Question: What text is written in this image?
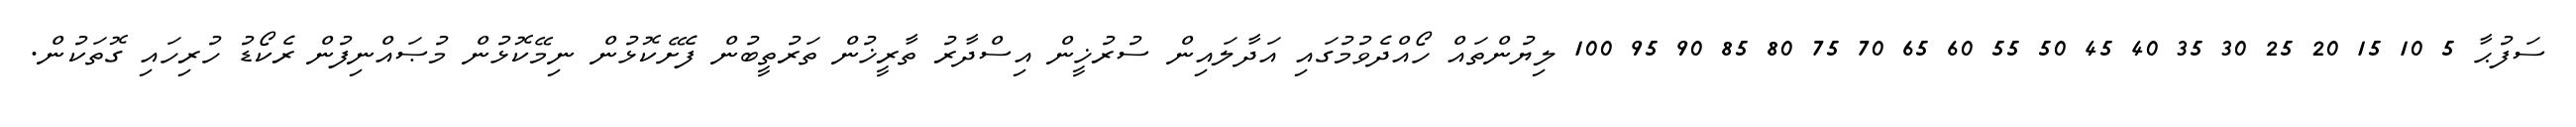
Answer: ސަފުޙާ 5 10 15 20 25 30 35 40 45 50 55 60 65 70 75 80 85 90 95 100 ލިޔުންތައް ހޯއްދެވުމުގައި އަދާލައިން ސުރުޚީން އިސްދާރު ތާރީޚުން ތަރުތީބުން ފެށޭކޮޅުން ނިމޭކޮޅުން މުޞައްނިފުން ރެކޯޑު ހުރިހައި ގޮތަކުން.